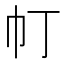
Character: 帄